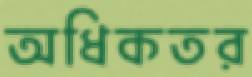
অধিকতর